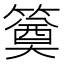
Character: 𥳢